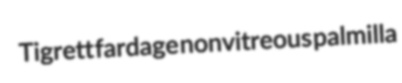
Tigrett fardage nonvitreous palmilla